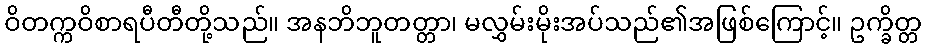
ဝိတက္ကဝိစာရပီတီတို့သည်။ အနဘိဘူတတ္တာ၊ မလွှမ်းမိုးအပ်သည်၏အဖြစ်ကြောင့်။ ဥက္ခိတ္တ